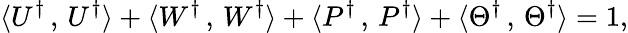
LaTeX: \langle U^{\dagger}\, ,\, U^{\dagger}\rangle+\langle W^{\dagger}\, ,\, W^{\dagger}\rangle+\langle P^{\dagger}\, ,\, P^{\dagger}\rangle+\langle\Theta^{\dagger}\, ,\, \Theta^{\dagger}\rangle=1,